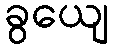
ခွယျေ